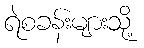
ရဲစခန်းများသို့